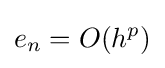
e_{n}=O(h^{p})